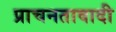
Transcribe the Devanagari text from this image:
प्राचनतावादी